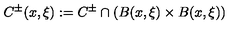
C ^ { \pm } ( x , \xi ) : = C ^ { \pm } \cap ( B ( x , \xi ) \times B ( x , \xi ) )